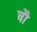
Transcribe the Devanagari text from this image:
षौ